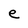
Character: e